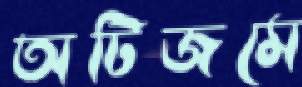
অটিজমে